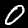
Digit: 0